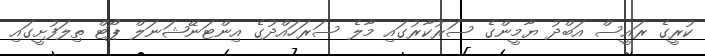
ކުރީގެ ރައީސް އަބްދު ޔާމީންގެ ސަރުކާރުގައި މާލެ ސަރަހައްދުގެ އިންޓަނޭޝަނަލް ޕޯޓް ތިލަފުށީގައި